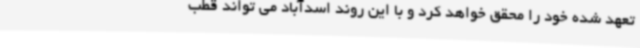
تعهد شده خود را محقق خواهد کرد و با این روند اسدآباد می تواند قطب